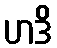
ဟဒိ